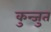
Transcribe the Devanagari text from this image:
कुन्जुत